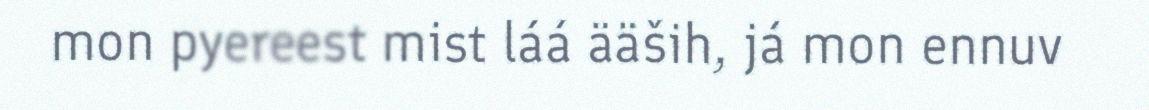
mon pyereest mist láá ääših, já mon ennuv